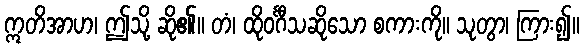
ဣတိအာဟ၊ ဤသို့ ဆို၏။ တံ၊ ထိုဝင်္ဂီသဆိုသော စကားကို။ သုတွာ၊ ကြား၍။